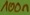
Text: 100n